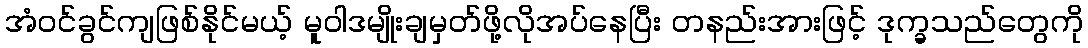
အံ၀င်ခွင်ကျဖြစ်နိုင်မယ့် မူဝါဒမျိုးချမှတ်ဖို့လိုအပ်နေပြီး တနည်းအားဖြင့် ဒုက္ခသည်တွေကို